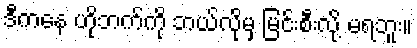
ဒီကနေ ဟိုဘက်ကို ဘယ်လိုမှ မြင်းစီးလို့ မရဘူး။